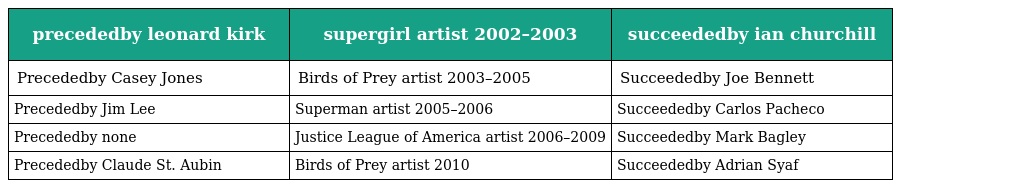
| precededby leonard kirk | supergirl artist 2002–2003 | succeededby ian churchill |
 | --- | --- | --- |
 | Precededby Casey Jones | Birds of Prey artist 2003–2005 | Succeededby Joe Bennett |
 | Precededby Jim Lee | Superman artist 2005–2006 | Succeededby Carlos Pacheco |
 | Precededby none | Justice League of America artist 2006–2009 | Succeededby Mark Bagley |
 | Precededby Claude St. Aubin | Birds of Prey artist 2010 | Succeededby Adrian Syaf |